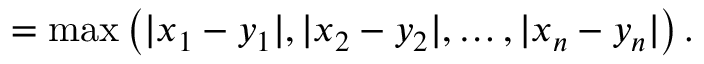
= \operatorname* { m a x } \left( | x _ { 1 } - y _ { 1 } | , | x _ { 2 } - y _ { 2 } | , \ldots , | x _ { n } - y _ { n } | \right) .